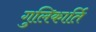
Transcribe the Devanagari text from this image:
गुलिकार्ति